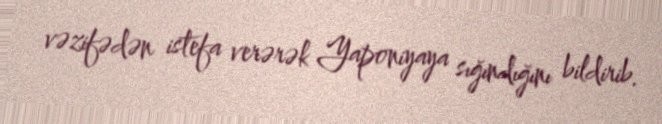
vəzifədən istefa verərək Yaponiyaya sığındığını bildirib.